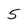
Character: 5